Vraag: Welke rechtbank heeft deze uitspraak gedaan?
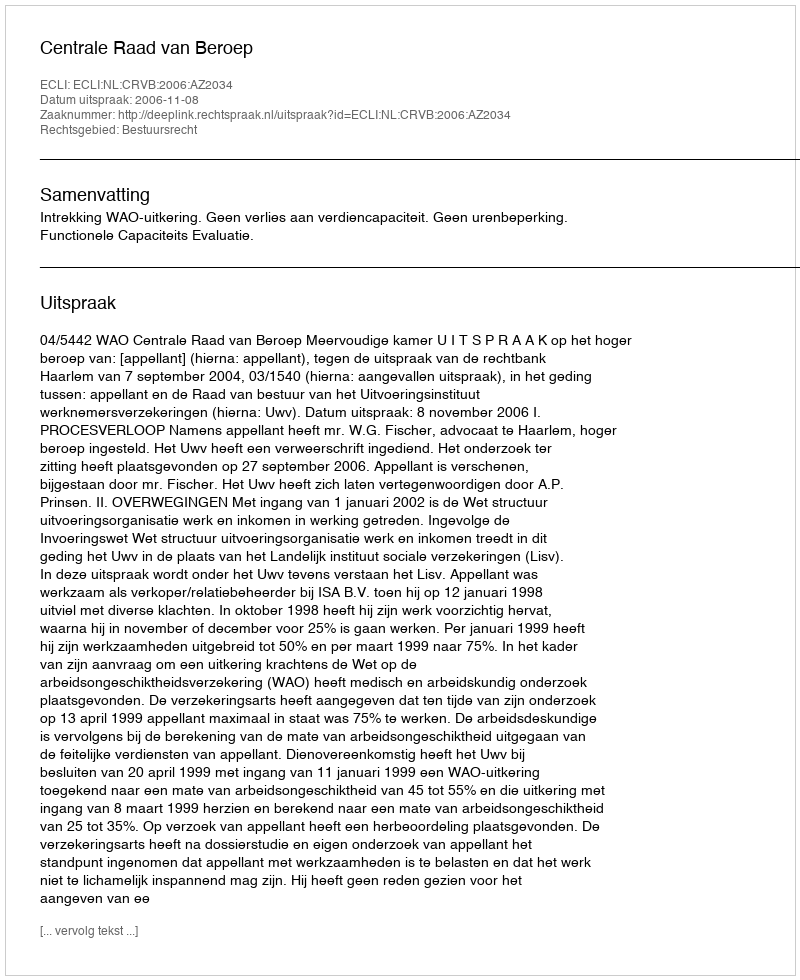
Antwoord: Centrale Raad van Beroep